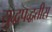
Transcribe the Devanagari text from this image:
युद्धपद्धतीस